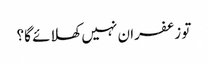
تو زعفران نہیں کھلائے گا؟